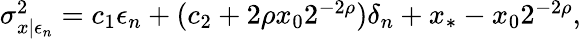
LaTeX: \begin{array}{r}{\sigma_{x|\epsilon_{n}}^{2}=c_{1}\epsilon_{n}+(c_{2}+2\rho x_{0}2^{-2\rho})\delta_{n}+x_{*}-x_{0}2^{-2\rho},}\end{array}